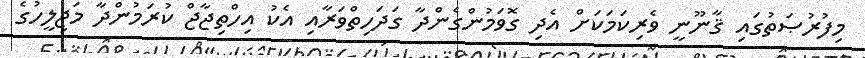
މިފުރުޞަތުގައި ޤާނޫނީ ވެރިކަމަކަށް އެދި ގޮވަމުންގެންދާ ގަދަހިތްވަރާއި އެކު އިހްތިޖާޖް ކުރަމުންދާ މަޖިލީހުގެ